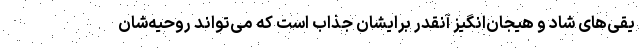
یقی‌های شاد و هیجان‌انگیز آنقدر برایشان جذاب است که می‌تواند روحیه‌شان